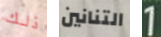
ذلك التنانين 1